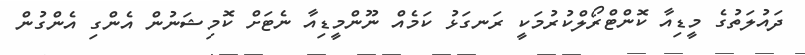
ދައުލަތުގެ މީޑިއާ ކޮންޓްރޯލްކުރުމަކީ ރަނގަޅު ކަމެއް ނޫންމީޑިއާ ނެޓަށް ކޮމިޝަނުން އެންގި އެންގުން